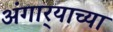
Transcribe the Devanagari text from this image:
अंगार्‍याच्या